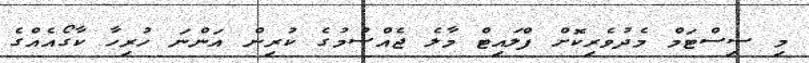
މި ސިސްޓަމް މެދުވެރިކޮށް ފްލައިޓް މާލެ ޖެއްސުމުގެ ކުރިން އަންނަ ހުރިހާ ކާގޯއެއްގެ